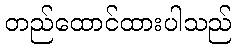
တည်ထောင်ထားပါသည်